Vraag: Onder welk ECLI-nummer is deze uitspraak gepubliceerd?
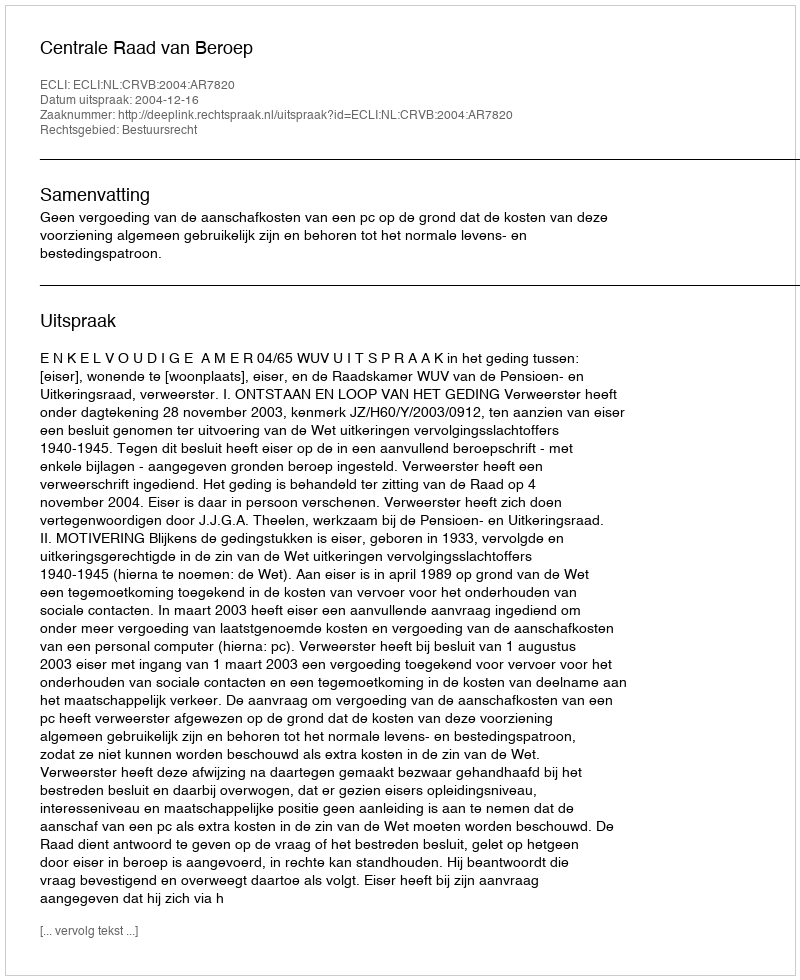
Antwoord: ECLI:NL:CRVB:2004:AR7820